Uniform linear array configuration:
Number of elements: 32
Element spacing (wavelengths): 0.5
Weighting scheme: binomial
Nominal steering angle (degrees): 15
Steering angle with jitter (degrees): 16.379
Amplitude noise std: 0.05
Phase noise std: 0.05

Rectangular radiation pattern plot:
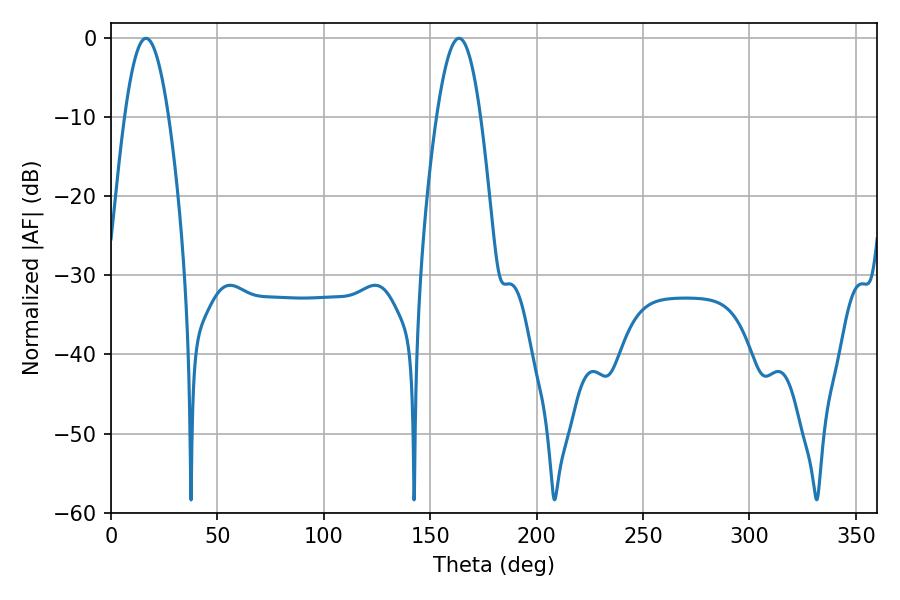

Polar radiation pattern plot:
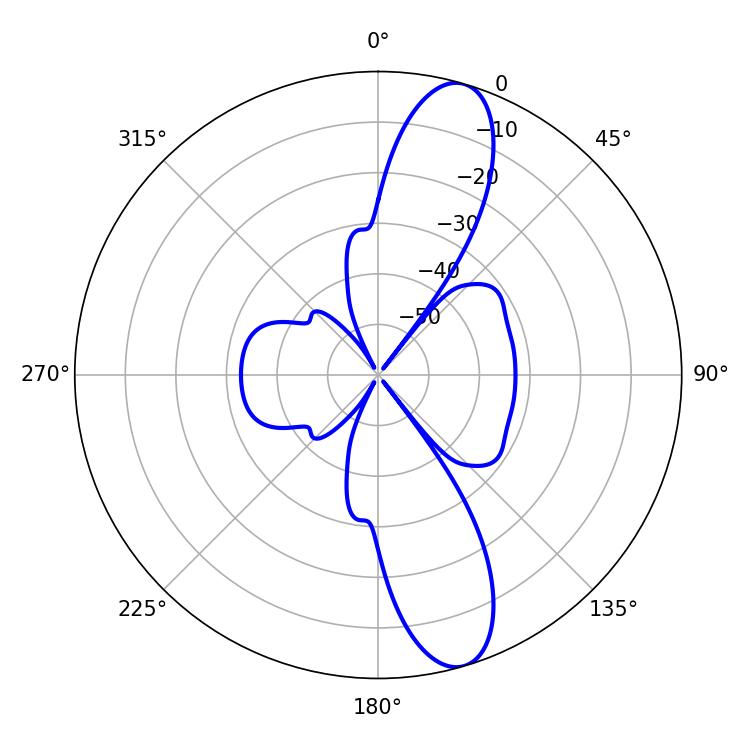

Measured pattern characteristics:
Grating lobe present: FALSE
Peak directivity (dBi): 12.187
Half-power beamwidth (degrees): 11.16
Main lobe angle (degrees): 16.38